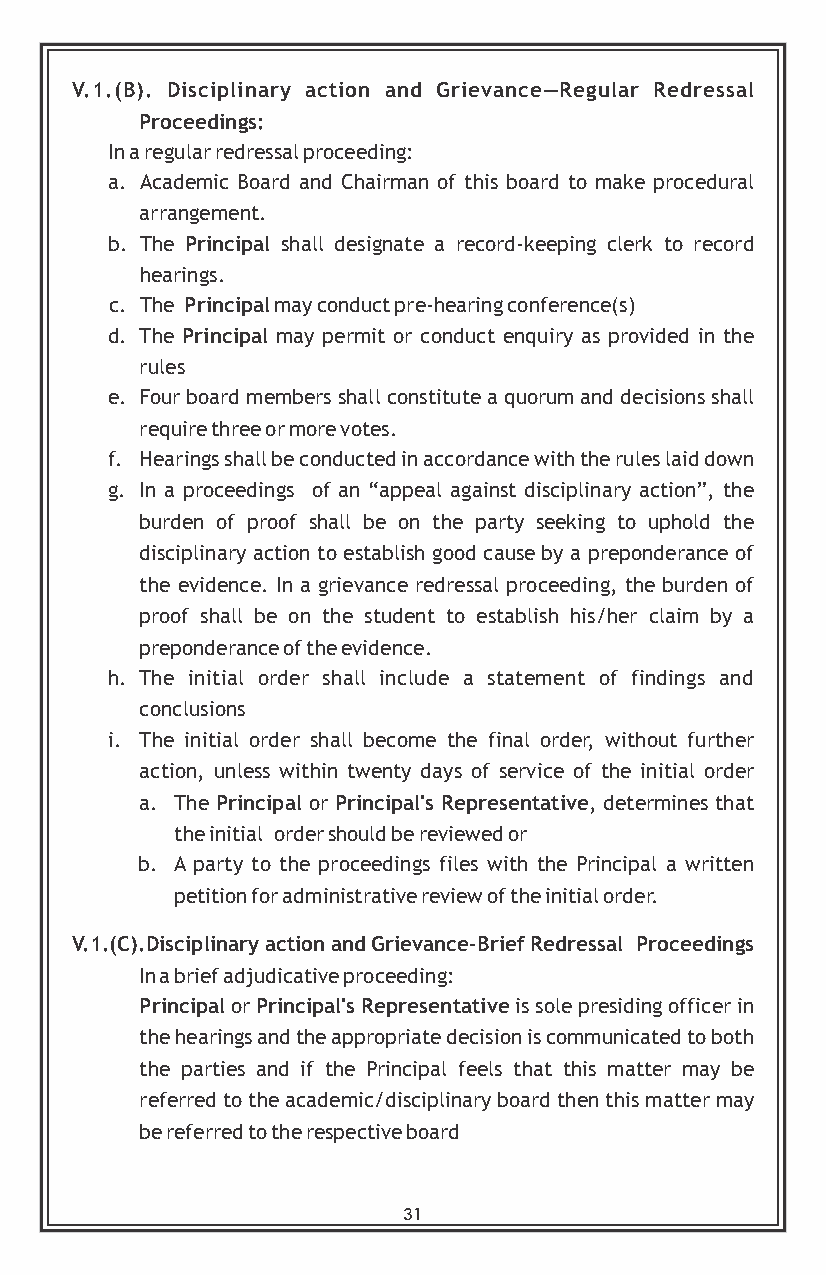
V.1.(B). Disciplinary action and Grievance—Regular Redressal
 Proceedings:
 In a regular redressal proceeding:
 a. Academic Board and Chairman of this board to make procedural
 arrangement.
 b. The Principal shall designate a record-keeping clerk to record
 hearings.
 c. The Principal may conduct pre-hearing conference(s)
 d. The Principal may permit or conduct enquiry as provided in the
 rules
 e. Four board members shall constitute a quorum and decisions shall
 require three or more votes.
 f. Hearings shall be conducted in accordance with the rules laid down
 g. In a proceedings of an “appeal against disciplinary action”, the
 burden of proof shall be on the party seeking to uphold the
 disciplinary action to establish good cause by a preponderance of
 the evidence. In a grievance redressal proceeding, the burden of
 proof shall be on the student to establish his/her claim by a
 preponderance of the evidence.
 h. The initial order shall include a statement of findings and
 conclusions
 i. The initial order shall become the final order, without further
 action, unless within twenty days of service of the initial order
 a. The Principal or Principal's Representative, determines that
 the initial order should be reviewed or
 b. A party to the proceedings files with the Principal a written
 petition for administrative review of the initial order.
 V.1.(C).Disciplinary action and Grievance-Brief Redressal Proceedings
 In a brief adjudicative proceeding:
 Principal or Principal's Representative is sole presiding officer in
 the hearings and the appropriate decision is communicated to both
 the parties and if the Principal feels that this matter may be
 referred to the academic/disciplinary board then this matter may
 be referred to the respective board
 31